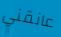
عانقني